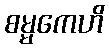
စမ္မကေဟိ